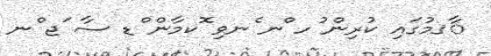
ާޤމުގައި ކުރިން ުހ ްނ ެނވި ޮކމާން ްޑ ސާ ަޖ ްނ